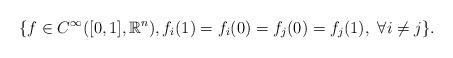
LaTeX: \begin{align*}\{ f \in C^\infty( [0,1], \mathbb{R}^n ), f_i(1)=f_i(0)=f_j(0)=f_j(1),~\forall i\neq j \}.\end{align*}